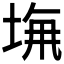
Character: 𡌖